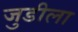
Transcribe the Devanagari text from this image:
जुडीला